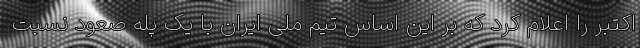
اکتبر را اعلام کرد که بر این اساس تیم ملی ایران با یک پله صعود نسبت